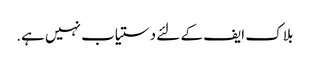
بلاک ایف کے لئے دستیاب نہیں ہے.